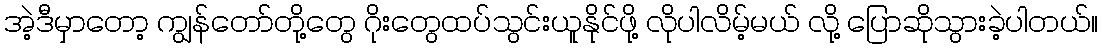
အဲ့ဒီမှာတော့ ကျွန်တော်တို့တွေ ဂိုးတွေထပ်သွင်းယူနိုင်ဖို့ လိုပါလိမ့်မယ် လို့ ပြောဆိုသွားခဲ့ပါတယ်။